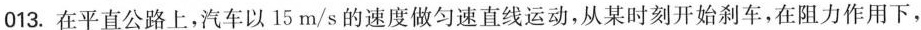
013.在平直公路上，汽车以15m/s的速度做匀速直线运动，从某时刻开始刹车，在阻力作用下，